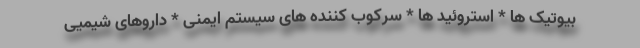
بیوتیک ها * استروئید ها * سرکوب کننده های سیستم ایمنی * داروهای شیمیی